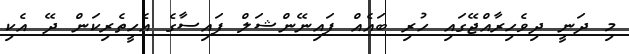
މި ދަނީ ދިވެހިރާއްޖޭގައި ހުރި ބައެއް ފައިނޭންޝަލް ފައިސާގެ އެހީތެރިކަން ދޭ އެކި